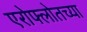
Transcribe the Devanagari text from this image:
एरोफ्लोतच्या